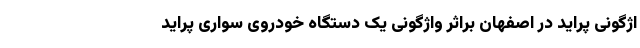
اژگونی پراید در اصفهان براثر واژگونی یک دستگاه خودروی سواری پراید